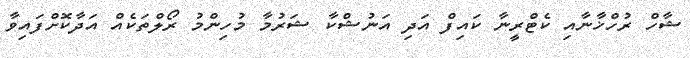
ޝާހް ރުހްޚާނާއި ކެޓްރީނާ ކައިފް އަދި އަނުޝްކާ ޝަރުމާ މުހިންމު ރޯލްތަކެއް އަދާކޮށްފައިވާ